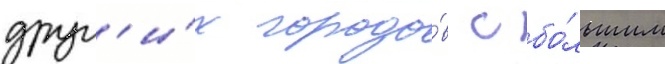
друг'и́х городо́в с бо́льшим